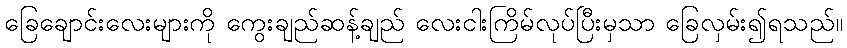
ခြေချောင်းလေးများကို ကွေးချည်ဆန့်ချည် လေးငါးကြိမ်လုပ်ပြီးမှသာ ခြေလှမ်း၍ရသည်။